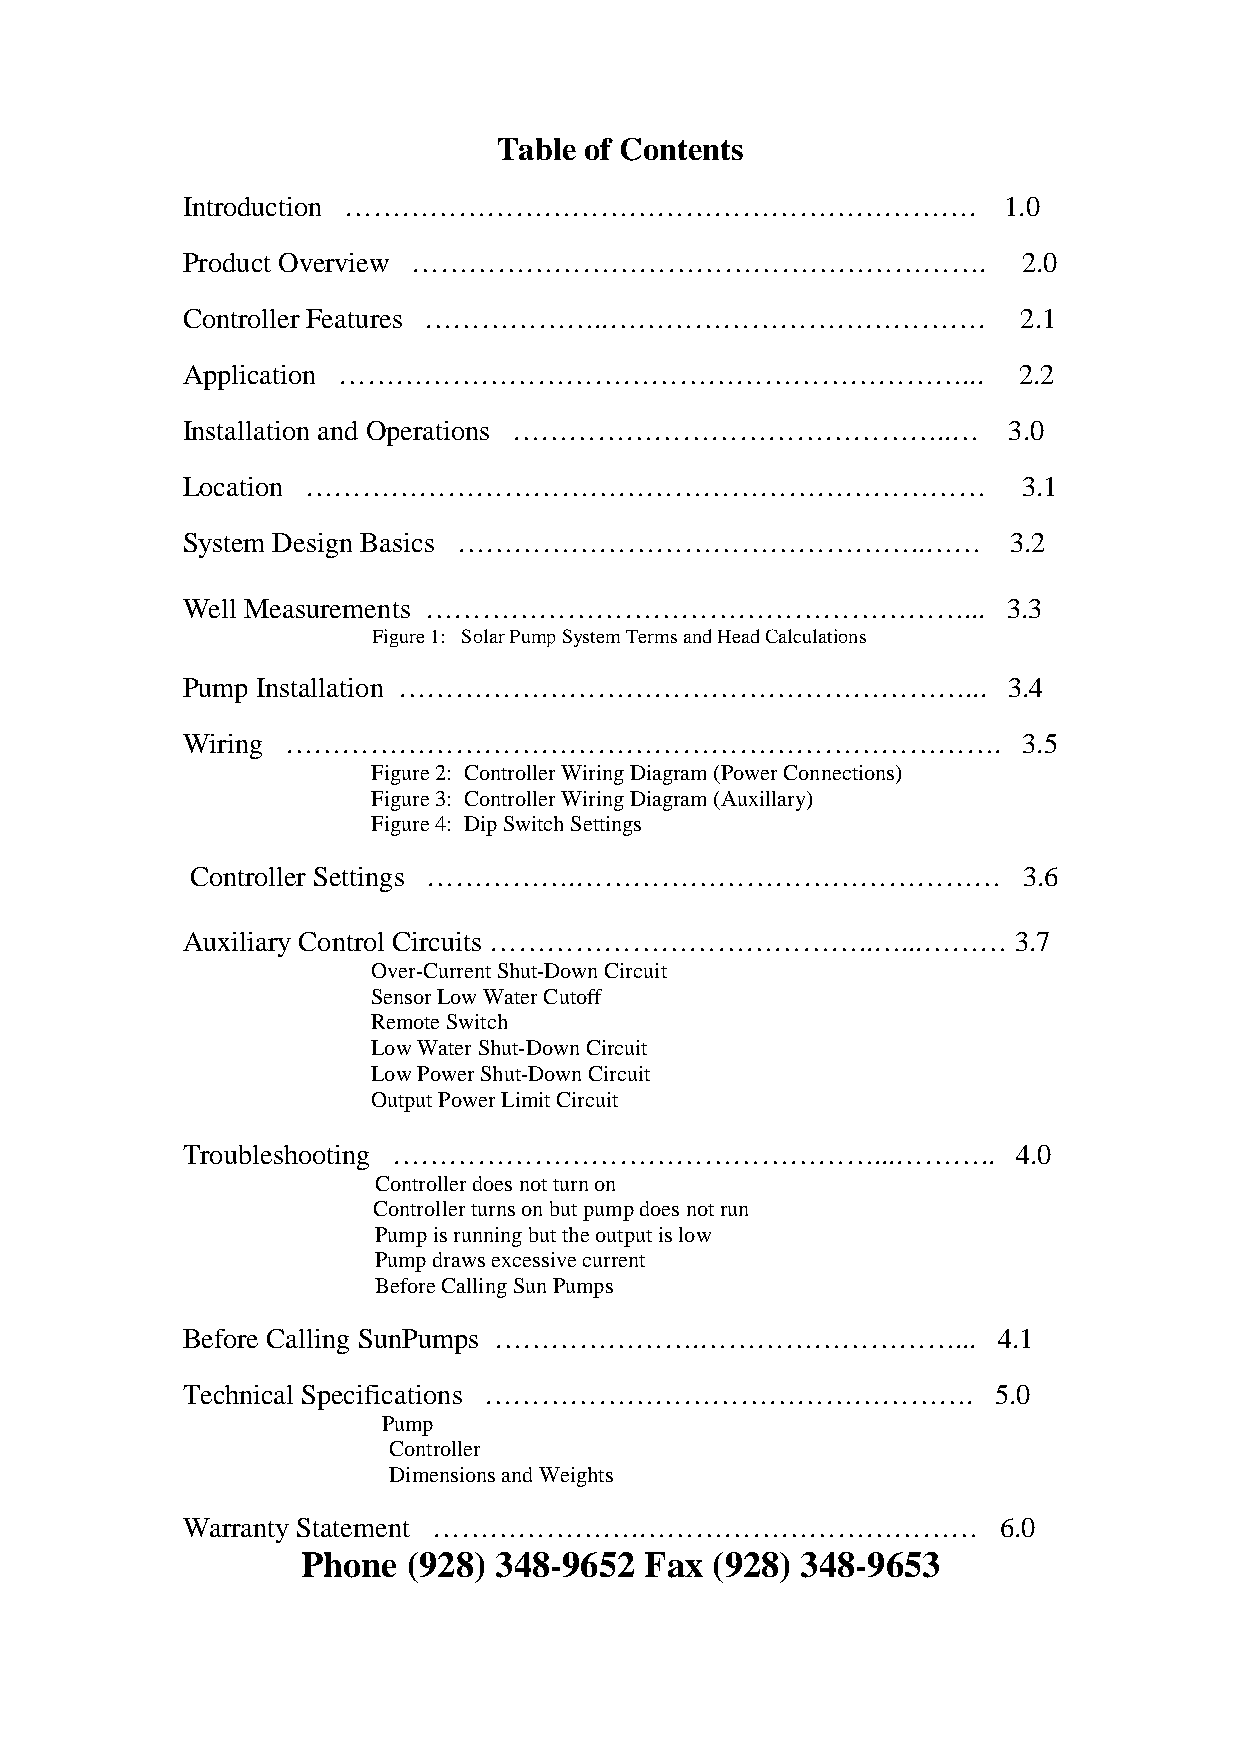
Table of Contents
 Introduction ………………………………………………………….                  1.0
 Product Overview …………………………………………………….                  2.0
 Controller Features ………………..………………………………….              2.1
 Application …………………………………………………………...                  2.2
 Installation and Operations ………………………………………..…         3.0
 Location ………………………………………………………………                       3.1
 System Design Basics …………………………………………..……              3.2
 Well Measurements …………………………………………………...               3.3
 Figure1: SolarPumpSystemTermsandHeadCalculations
 Pump Installation ……………………………………………………...              3.4
 Wiring ………………………………………………………………….                       3.5
 Figure2: ControllerWiringDiagram(PowerConnections)
 Figure3: ControllerWiringDiagram(Auxillary)
 Figure4: DipSwitchSettings
 Controller Settings …………….………………………………………              3.6
 Auxiliary Control Circuits …………………………………..…...………      3.7
 Over-CurrentShut-DownCircuit
 SensorLowWaterCutoff
 RemoteSwitch
 LowWaterShut-DownCircuit
 LowPowerShut-DownCircuit
 OutputPowerLimitCircuit
 Troubleshooting ……………………………………………...………..              4.0
 Controllerdoesnotturnon
 Controllerturnsonbutpumpdoesnotrun
 Pumpisrunningbuttheoutputislow
 Pumpdrawsexcessivecurrent
 BeforeCallingSunPumps
 Before Calling SunPumps ………………….………………………...          4.1
 Technical Specifications …………………………………………….           5.0
 Pump
 Controller
 DimensionsandWeights
 Warranty Statement ………………….………………………………               6.0
 Phone  (928) 348-9652  Fax (928) 348-9653